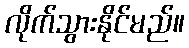
လိုက်သွားနိုင်မည်။